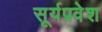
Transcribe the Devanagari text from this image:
सूर्यप्रवेश